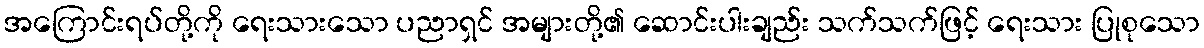
အကြောင်းရပ်တို့ကို ရေးသားသော ပညာရှင် အများတို့၏ ဆောင်းပါးချည်း သက်သက်ဖြင့် ရေးသား ပြုစုသော